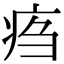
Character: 𤵰